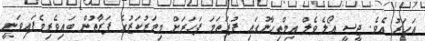
އަހަރު އެވެ. ޖީސީ އޯލެވެލް އިމްތިޙާނުގައި ފުރަތަމަ ފަހަރަށް މިމަރުކަޒުގެ ފަރާތުން ބައިވެރިވެފައިވަނީ